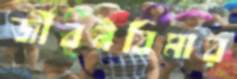
জীবনবিমার